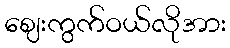
ဈေးကွက်ဝယ်လိုအား